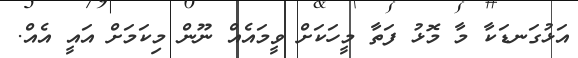
އަޅުގަނޑަކާ މާ މޮޅު ފަތާ މީހަކަށް ވީމައެއް ނޫން މިކަމަށް އައީ އެއް.